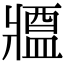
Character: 𤖙